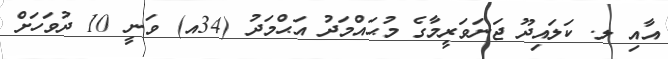
އާއި ލ. ކަލައިދޫ ޖަނަވަރީމާގެ މުޙައްމަދު އަޙްމަދު (34އ) ވަނީ 10 ދުވަހަށް